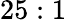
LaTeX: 25:1